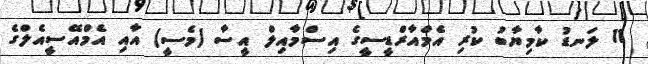
11 ލަނޑު ކާމިޔާބު ކުރި އެމްއާރްޑީސީގެ އިސްމާއިލް އީސާ (މެސީ) އާއި އެމްއޭސީއެލްގެ